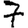
Digit: 7